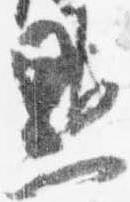
黙